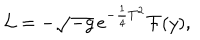
LaTeX: { \cal L } = - \sqrt { - g } \thinspace e ^ { - \frac { 1 } { 4 } T ^ { 2 } } { \cal F } ( y ) ,